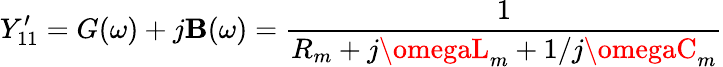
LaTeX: Y_{11}^{\prime}=G(\omega)+j\mathbf{B}(\omega)=\frac{{1}}{{R_{m}+j\omegaL_{m}+1/j\omegaC_{m}}}